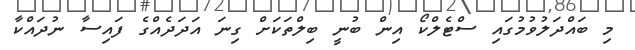
މި ބައްދަލުވުމުގައި ސްޓެލްކޯ އިން ބުނީ ބިލްތަކަށް ގިނަ އަދަދެއްގެ ފައިސާ ނުދައްކާ